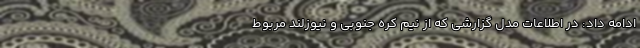
ادامه داد: در اطلاعات مدل گزارشی که از نیم کره جنوبی و نیوزلند مربوط